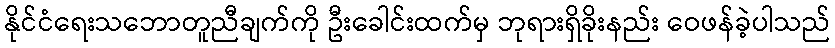
နိုင်ငံရေးသဘောတူညီချက်ကို ဦးခေါင်းထက်မှ ဘုရားရှိခိုးနည်း ဝေဖန်ခဲ့ပါသည်